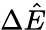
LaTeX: \Delta\hat{E}